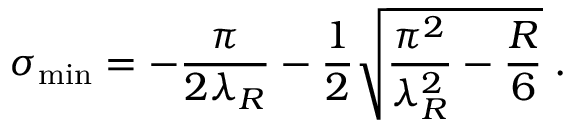
\sigma _ { \mathrm { m i n } } = - \frac { \pi } { 2 \lambda _ { R } } - \frac { 1 } { 2 } \sqrt { \frac { \pi ^ { 2 } } { \lambda _ { R } ^ { 2 } } - \frac { R } { 6 } } \; .